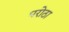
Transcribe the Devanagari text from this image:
परोठा